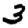
Digit: 3